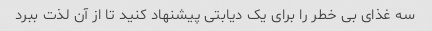
سه غذای بی خطر را برای یک دیابتی پیشنهاد کنید تا از آن لذت ببرد